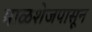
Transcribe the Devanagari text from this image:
माळशेजपासून